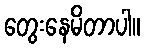
တွေးနေမိတာပါ။